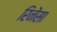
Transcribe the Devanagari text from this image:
रिनेंसा